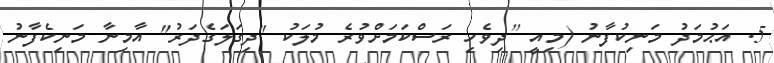
5. އަޙުމަދު މަނިކުފާނު (މިއީ [ދިވެހި ރަސްކަމަށްވުރެ މުލަކު "ދިގަލަގެދަރު" އާމިނާ މަނިކެފާނު